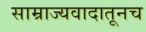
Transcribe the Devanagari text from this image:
साम्राज्यवादातूनच